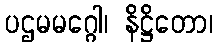
ပဌမမဂ္ဂေါ၊ နိဋ္ဌိတော၊